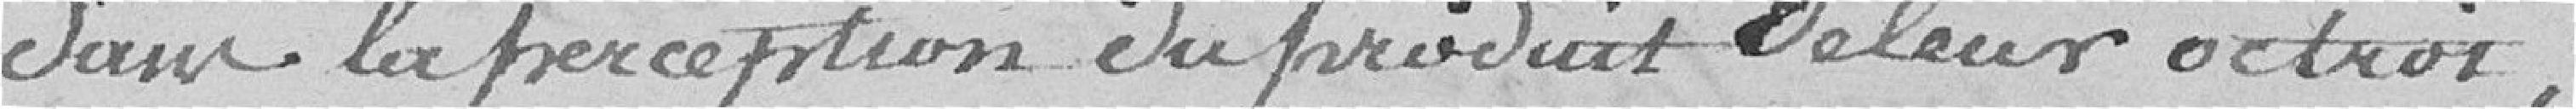
dans  la perception du produit de leur octroi.